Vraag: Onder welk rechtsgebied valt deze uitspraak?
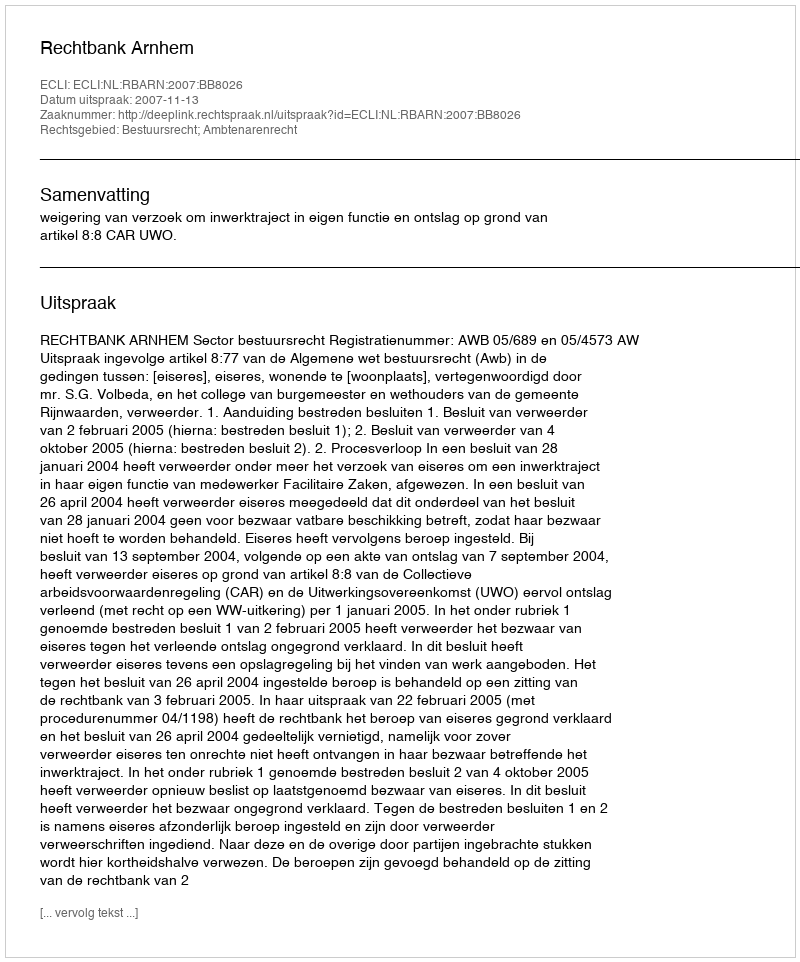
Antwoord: Bestuursrecht; Ambtenarenrecht